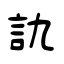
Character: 訅